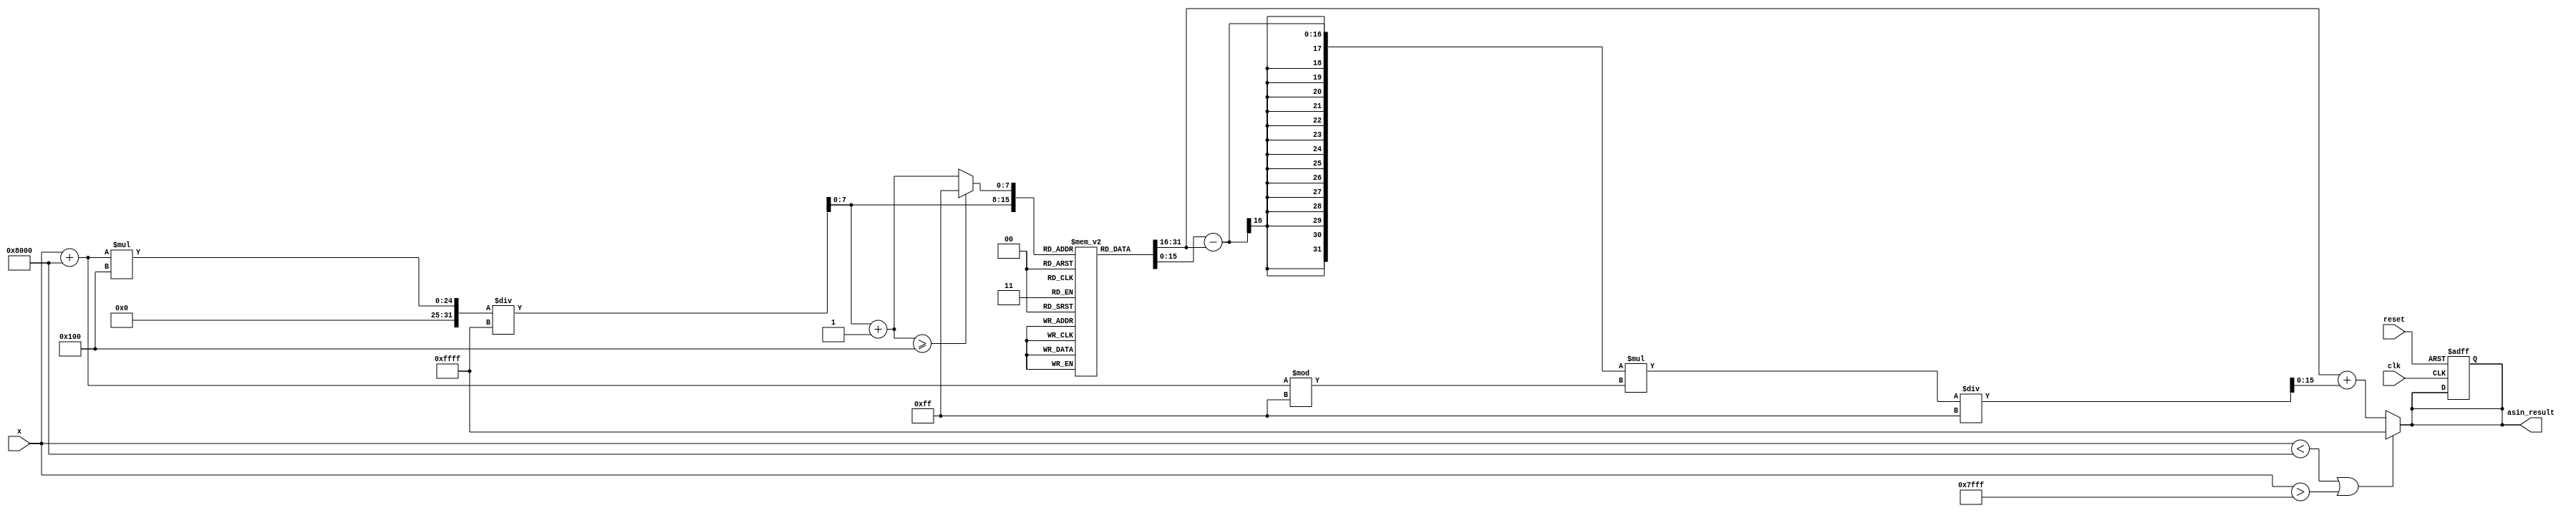
module asin_block #(
    parameter N = 16,              // Bit-width of input
    parameter M = 16,              // Bit-width of output
    parameter LUT_SIZE = 256       // Size of the LUT (should be a power of 2)
)(
    input wire clk,                // Clock signal
    input wire reset,              // Asynchronous reset
    input wire [N-1:0] x,          // Input value in fixed-point representation
    output reg [M-1:0] asin_result // Output result in fixed-point representation
);

    // Constants
    localparam HALF_PI = 16'h1C8F; // /2 in fixed-point (assuming 16-bit representation)
    localparam INVALID_RESULT = 16'hFFFF; // Define NaN or error state

    // LUT for asin values (precomputed)
    reg [M-1:0] lut [0:LUT_SIZE-1];

    // Internal signals
    reg [N-1:0] x_fixed;
    reg [M-1:0] lut_value_1, lut_value_2;
    reg [7:0] index_1, index_2;
    reg [M-1:0] interpolated_value;
    reg [N-1:0] x_scaled;

    // Initialize LUT with precomputed asin values
    initial begin
        // Example initialization (in practice, fill with actual asin values)
        lut[0] = 16'h8000;  // asin(-1)
        lut[LUT_SIZE/2] = 16'h0000; // asin(0)
        lut[LUT_SIZE-1] = 16'h7FFF; // asin(1)
        // Fill in other values as needed
    end

    // Scale the input to fit the LUT range
    always @(*) begin
        if (x < -16'h8000 || x > 16'h7FFF) begin
            asin_result = INVALID_RESULT; // Out of range
        end else begin
            x_scaled = x + 16'h8000; // Shift to positive range [0, 2^16]
            index_1 = x_scaled * LUT_SIZE / 16'hFFFF; // Scale to LUT index
            index_2 = index_1 + 1;

            // Ensure indices are within bounds
            if (index_2 >= LUT_SIZE) begin
                index_2 = LUT_SIZE - 1;
            end

            lut_value_1 = lut[index_1];
            lut_value_2 = lut[index_2];

            // Linear interpolation
            interpolated_value = lut_value_1 + ((lut_value_2 - lut_value_1) * (x_scaled % (16'hFFFF / LUT_SIZE))) / (16'hFFFF / LUT_SIZE);
            asin_result = interpolated_value;
        end
    end

    // Synchronous output update
    always @(posedge clk or posedge reset) begin
        if (reset) begin
            asin_result <= 16'h0000; // Reset output
        end else begin
            // Output is already computed in combinatorial logic
        end
    end

endmodule